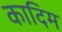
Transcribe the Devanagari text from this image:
कादिम